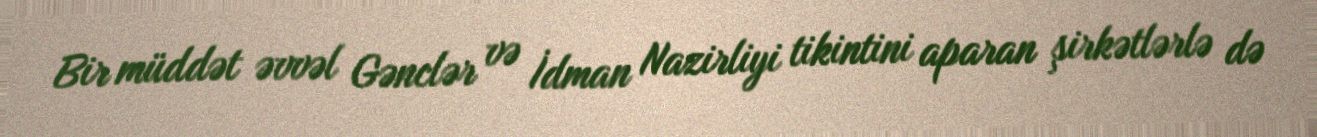
Bir müddət əvvəl Gənclər və İdman Nazirliyi tikintini aparan şirkətlərlə də